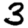
Digit: 3